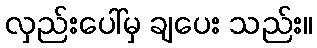
လှည်းပေါ်မှ ချပေး သည်း။